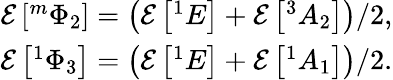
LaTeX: \begin{array}{r}{\mathcal{E}\left[{}^{m}\Phi_{2}\right]=\left(\mathcal{E}\left[{}^{1}E\right]+\mathcal{E}\left[{}^{3}A_{2}\right]\right)/2,}\\ {\mathcal{E}\left[{}^{1}\Phi_{3}\right]=\left(\mathcal{E}\left[{}^{1}E\right]+\mathcal{E}\left[{}^{1}A_{1}\right]\right)/2.}\end{array}